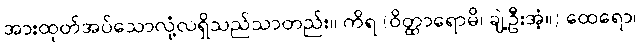
အားထုတ်အပ်သောလုံ့လရှိသည်သာတည်း။ ကိရ (ဝိတ္ထာရောမိ၊ ချဲ့ဦးအံ့။) ထေရော၊